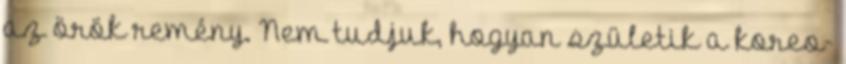
az örök remény. Nem tudjuk, hogyan születik a koreo-